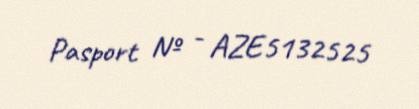
Pasport № - AZE5132525